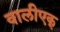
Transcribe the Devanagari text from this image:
वालीएक्